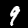
Digit: 9